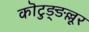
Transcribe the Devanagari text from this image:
कॊटुङ्ङल्लूर